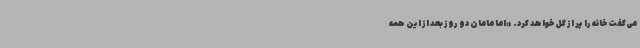
می‌گفت خانه را پر از گل خواهد کرد. «اما مامان دو روز بعد از این همه